Lunatic asylums Punjab 1895-1910 - 1895-1910
Year: 1895
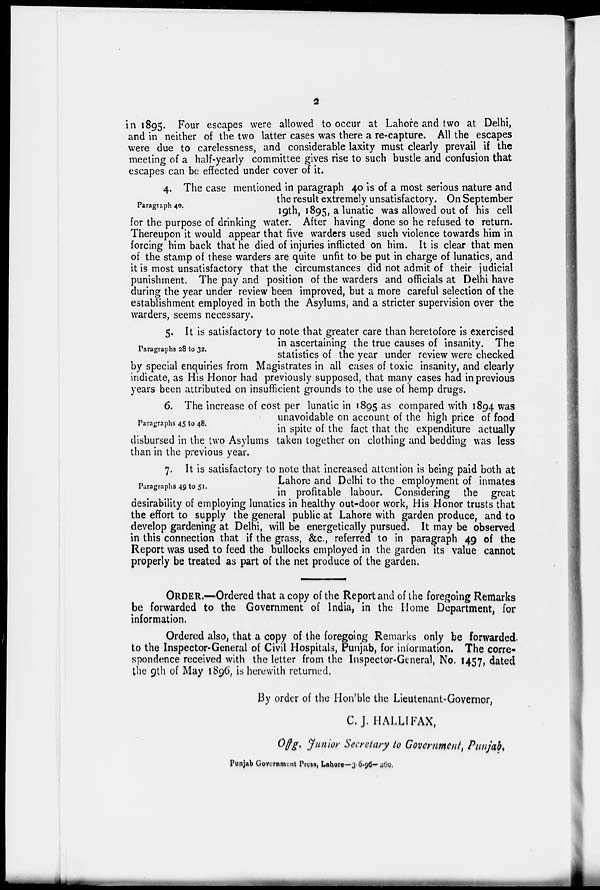
2
in 1895. Four escapes were allowed to occur at Lahore and two at Delhi,
and in neither of the two latter cases was there a re-capture. All the escapes
were due to carelessness, and considerable laxity must clearly prevail if the
meeting of a half-yearly committee gives rise to such bustle and confusion that
escapes can be effected under cover of it.
Paragraph 40.
4. The case mentioned in paragraph 40 is of a most serious nature and
the result extremely unsatisfactory. On September
19th, 1895, a lunatic was allowed out of his cell
for the purpose of drinking water. After having done so he refused to return.
Thereupon it would appear that five warders used such violence towards him in
forcing him back that he died of injuries inflicted on him. It is clear that men
of the stamp of these warders are quite unfit to be put in charge of lunatics, and
it is most unsatisfactory that the circumstances did not admit of their judicial
punishment. The pay and position of the warders and officials at Delhi have
during the year under review been improved, but a more careful selection of the
establishment employed in both the Asylums, and a stricter supervision over the
warders, seems necessary.
Paragraphs 28 to 32.
5. It is satisfactory to note that greater care than heretofore is exercised
in ascertaining the true causes of insanity. The
statistics of the year under review were checked
by special enquiries from Magistrates in all cases of toxic insanity, and clearly
indicate, as His Honor had previously supposed, that many cases had in previous
years been attributed on insufficient grounds to the use of hemp drugs.
Paragraphs 45 to 48.
6. The increase of cost per lunatic in 1895 as compared with 1894 was
unavoidable on account of the high price of food
in spite of the fact that the expenditure actually
disbursed in the two Asylums taken together on clothing and bedding was less
than in the previous year.
Paragraphs 49 to 51.
7. It is satisfactory to note that increased attention is being paid both at
Lahore and Delhi to the employment of inmates
in profitable labour. Considering the great
desirability of employing lunatics in healthy out-door work, His Honor trusts that
the effort to supply the general public at Lahore with garden produce, and to
develop gardening at Delhi, will be energetically pursued. It may be observed
in this connection that if the grass, &c., referred to in paragraph 49 of the
Report was used to feed the bullocks employed in the garden its value cannot
properly be treated as part of the net produce of the garden.
ORDER.—Ordered that a copy of the Report and of the foregoing Remarks
be forwarded to the Government of India, in the Home Department, for
information.
Ordered also, that a copy of the foregoing Remarks only be forwarded,
to the Inspector-General of Civil Hospitals, Punjab, for information. The corre-
spondence received with the letter from the Inspector-General, No. 1457, dated
the 9th of May 1896, is herewith returned.
By order of the Hon'ble the Lieutenant-Governor,
C.J. HALLIFAX,
Of f g. Junior Secretary to Government, Punjab.
Punjab Government Press, Lahore—3-6-96- 260.